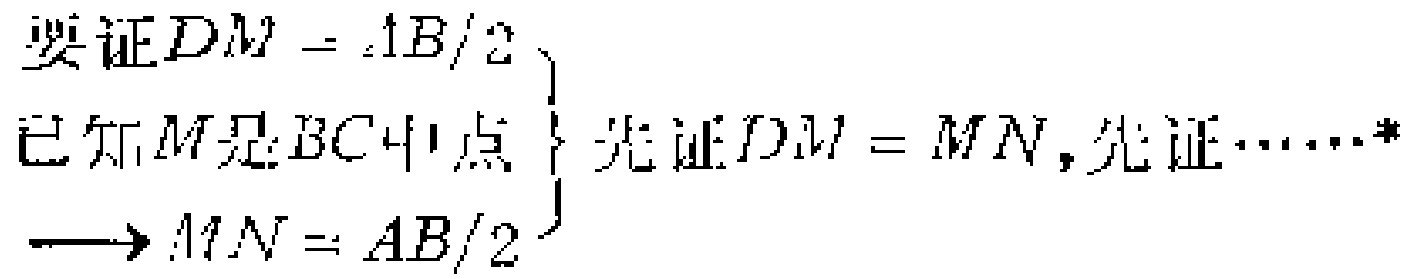
要证\(DM = AB/2\)

已知\(M\)是\(BC\)中点

\(\left.\begin{array}{l}

\\

\\

\end{array}\right\}\) 先证\(DM = MN\)，先证\(\cdots\cdots^{*}\)

\(\longrightarrow MN = AB/2\)